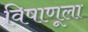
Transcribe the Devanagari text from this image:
विषाणूला